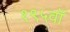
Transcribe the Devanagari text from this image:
१९५वॉ